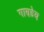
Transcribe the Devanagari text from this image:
गाण्डेय